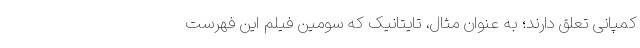
کمپانی تعلق دارند؛ به عنوان مثال، تایتانیک که سومین فیلم این فهرست